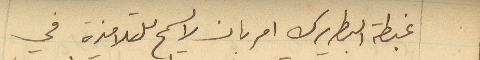
غبطة البطريرك امر بان لا يسمح للتلامذه في